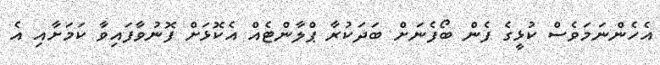
އެހެންނަމަވެސް ކުޅީގެ ފެން ބޯފެނަށް ބަދަކުރާ ޕްލާންޓެއް އެކޮޅަށް ފޮނުވާފައިވާ ކަމަށާއި އެ